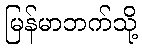
မြန်မာဘက်သို့